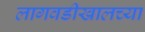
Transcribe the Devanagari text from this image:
लागवडीखालच्या